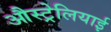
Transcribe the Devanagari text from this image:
औस्ट्रेलियाई